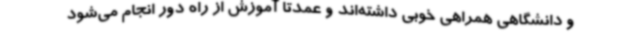
و دانشگاهی همراهی خوبی داشته‌اند و عمدتا آموزش از راه دور انجام می‌شود